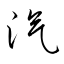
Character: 汽